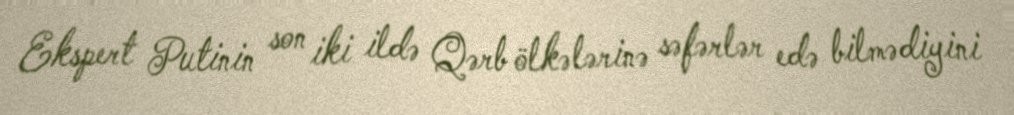
Ekspert Putinin son iki ildə Qərb ölkələrinə səfərlər edə bilmədiyini